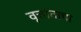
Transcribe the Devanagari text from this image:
वृत्तांताचा